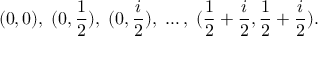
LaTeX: ( 0 , 0 ) , \; ( 0 , \frac { 1 } { 2 } ) , \; ( 0 , \frac { i } { 2 } ) , \; \ldots , \; ( \frac { 1 } { 2 } + \frac { i } { 2 } , \frac { 1 } { 2 } + \frac { i } { 2 } ) .